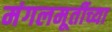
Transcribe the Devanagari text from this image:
मंगलमूर्तीच्या